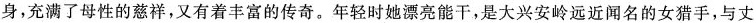
身，充满了母性的慈祥，又有着丰富的传奇。年轻时她漂亮能干，是大兴安岭远近闻名的女猎手，与丈